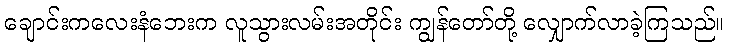
ချောင်းကလေးနံဘေးက လူသွားလမ်းအတိုင်း ကျွန်တော်တို့ လျှောက်လာခဲ့ကြသည်။